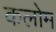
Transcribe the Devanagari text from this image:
कलोम